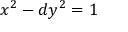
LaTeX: x ^ { 2 } - d y ^ { 2 } = 1